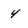
Character: 4